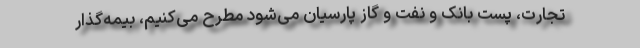
تجارت، پست بانک و نفت و گاز پارسیان می‌شود مطرح می‌کنیم، بیمه‌گذار